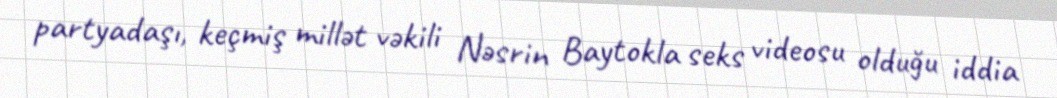
partyadaşı, keçmiş millət vəkili Nəsrin Baytokla seks videosu olduğu iddia